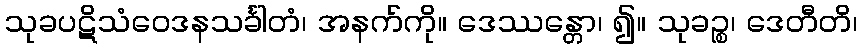
သုခပဋိသံဝေဒနသင်္ခါတံ၊ အနက်ကို။ ဒေဿန္တော၊ ၍။ သုခဉ္စ၊ ဒေတီတိ၊